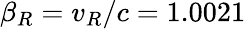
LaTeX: \beta_{R}=v_{R}/c=1.0021